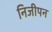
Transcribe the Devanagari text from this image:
निजीपन